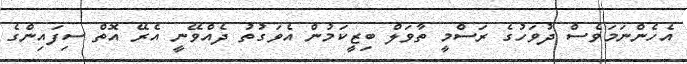
އެހެންނަމަވެސް ދުވަހުގެ ރަސްމީ ތާވަލް ބިޒީކަމުން އެވަގުތު ދެއްވޭނީ އެރޭ އޮތް ސިފައިންގެ